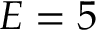
E = 5